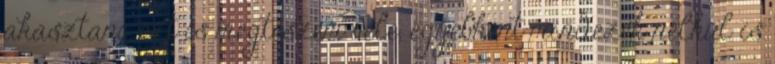
akasztani, ezt is megteszem vele, egyébként mindezek nélkül is